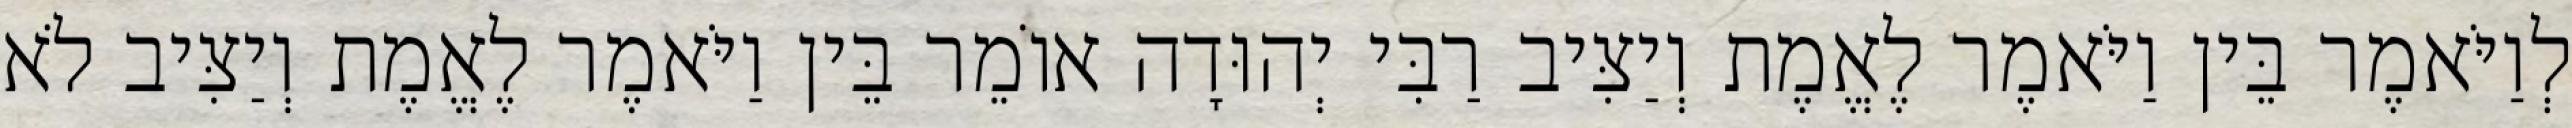
לְוַיֹּאמֶר בֵּין וַיֹּאמֶר לֶאֱמֶת וְיַצִּיב רַבִּי יְהוּדָה אוֹמֵר בֵּין וַיֹּאמֶר לֶאֱמֶת וְיַצִּיב לֹא